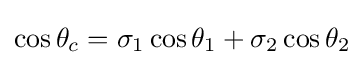
\cos \theta _{c}=\sigma _{1}\cos \theta _{1}+\sigma _{2}\cos \theta _{2}